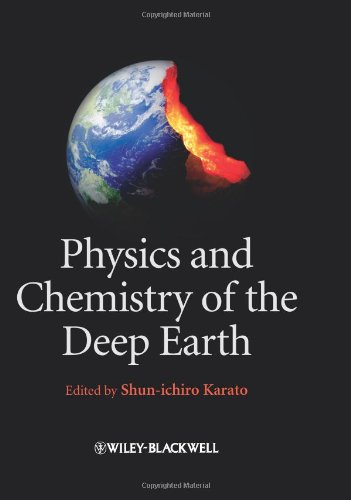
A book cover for Physics and Chemistry of the Deep Earth; Science & Math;